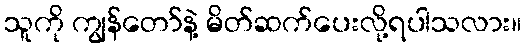
သူကို ကျွန်တော်နဲ့ မိတ်ဆက်ပေးလို့ရပါသလား။